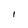
Character: 1